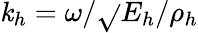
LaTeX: \mathit{k}_{h}=\omega/\sqrt{}{{E_{h}/\rho_{h}}}